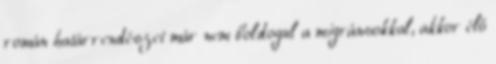
román határrendészet már nem boldogul a migránsokkal, akkor élő